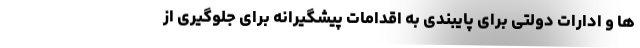
ها و ادارات دولتی برای پایبندی به اقدامات پیشگیرانه برای جلوگیری از